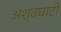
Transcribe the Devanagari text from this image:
अश्वघाटी